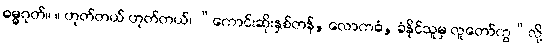
ဓမ္မဂုတ်။ ။ ဟုတ်တယ် ဟုတ်တယ်၊ “ကောင်းဆိုးနှစ်တန်, လောကဓံ, ခံနိုင်သူမှ လူတော်ကွ”လို့